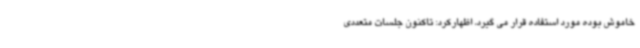
خاموش بوده مورد استفاده قرار می گیرد، اظهارکرد: تاکنون جلسات متعددی